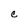
Character: C